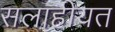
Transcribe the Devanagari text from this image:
सलाहीयत